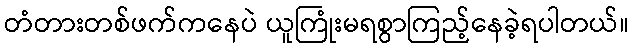
တံတားတစ်ဖက်ကနေပဲ ယူကြုံးမရစွာကြည့်နေခဲ့ရပါတယ်။